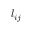
l _ { i j }